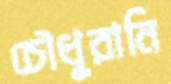
চৌধুরানি